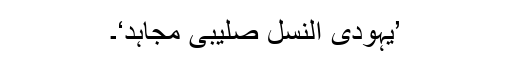
’یہودی النسل صلیبی مجاہد‘۔